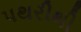
પથરીથી